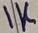
Text: 1K